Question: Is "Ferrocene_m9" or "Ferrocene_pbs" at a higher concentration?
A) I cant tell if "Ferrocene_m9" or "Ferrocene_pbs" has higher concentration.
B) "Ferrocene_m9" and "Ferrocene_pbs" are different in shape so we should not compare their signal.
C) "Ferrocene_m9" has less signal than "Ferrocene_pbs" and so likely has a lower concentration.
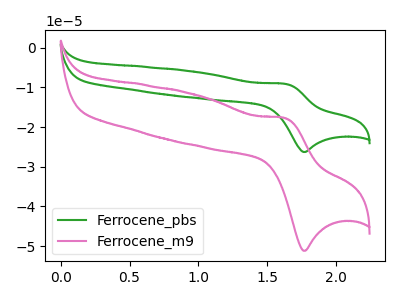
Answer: <think>The green curve "Ferrocene_pbs" has an anodic peak at (1.65V, -9.10uA) and a cathodic peak at (1.80V, -26.25uA). The pink curve "Ferrocene_m9" has an anodic peak at (1.65V, -17.75uA) and a cathodic peak at (1.80V, -51.15uA).
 All the peaks in "Ferrocene_m9" have a peak in "Ferrocene_pbs" at the same potential.</think>
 <answer>A) I cant tell if "Ferrocene_m9" or "Ferrocene_pbs" has higher concentration.</answer>
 <eval>A</eval>